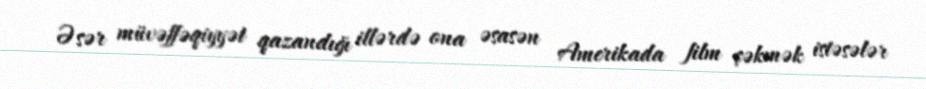
Əsər müvəffəqiyyət qazandığı illərdə ona əsasən Amerikada film çəkmək istəsələr